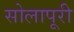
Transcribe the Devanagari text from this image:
सोलापूरी